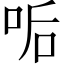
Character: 㖃